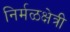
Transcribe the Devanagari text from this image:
निर्मळक्षेत्री